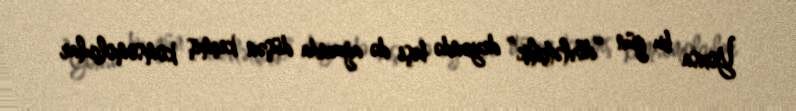
Yoxsa bu gün “dövlətçilik” deyəndə beşi də ağzında düşən keçmiş komsomolçular